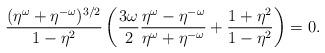
LaTeX: \begin{align*}\frac{(\eta^\omega+\eta^{-\omega})^{3/2}}{1-\eta^2} \left( \frac{3\omega}2 \frac{\eta^\omega-\eta^{-\omega}}{\eta^\omega+\eta^{-\omega}} + \frac{1+\eta^2}{1-\eta^2} \right) = 0.\end{align*}